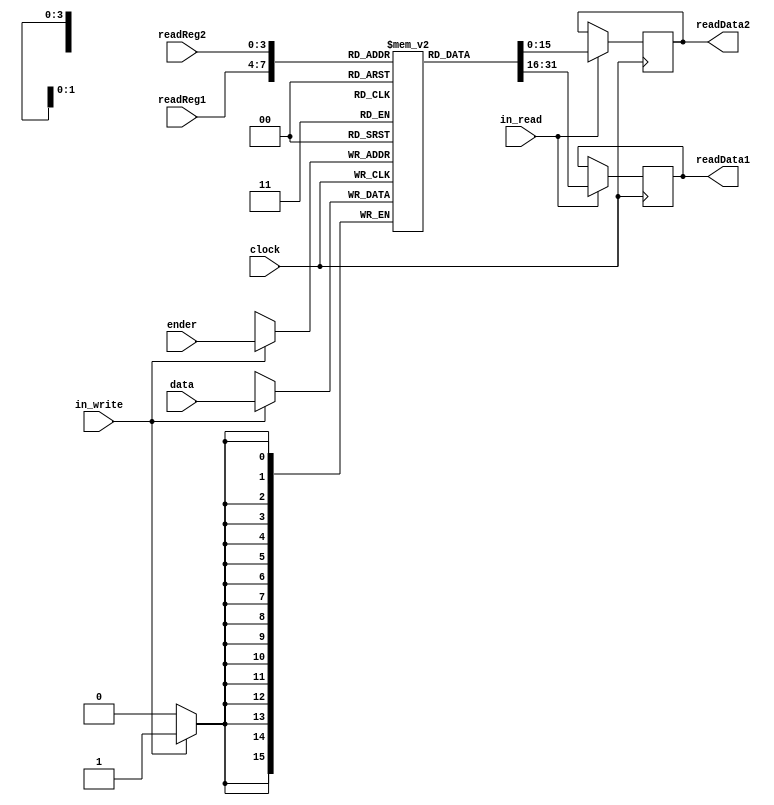
module regBank(input clock ,input [3:0]readReg1,input [3:0]readReg2, input [15:0]data, 
 input [3:0]ender, input in_write,input in_read, output reg [15:0] readData1,
 output reg [15:0] readData2);

	//registradores do banco
	reg [15:0] registradores[15:0];
	
	//iniciar registradores com 0
	initial 
	begin
		 registradores[0]<= 16'h00000000;
		 registradores[1]<= 16'h00000000;
		 registradores[2]<= 16'h00000000;
		 registradores[3]<= 16'h00000000;
		 registradores[4]<= 16'h00000000;
		 registradores[5]<= 16'h00000000;
		 registradores[6]<= 16'h00000000;
		 registradores[7]<= 16'h00000000;
		 registradores[8]<= 16'h00000000;
		 registradores[9]<= 16'h00000000;
		registradores[10]<= 16'h00000000;
		registradores[11]<= 16'h00000000;
		registradores[12]<= 16'h00000000;
		registradores[13]<= 16'h00000000;
		registradores[14]<= 16'h00000000;
		registradores[15]<= 16'h00000000;
	end
	
	// Read e Write
	always @(posedge clock)
	begin
	
		if(in_write) begin
			registradores[ender] <= data;
		end 
		
	end
	
	//escreve no clock negedge
	always @(negedge clock)
	begin
	
		if(in_read)begin
			readData1 <= registradores[readReg1];
			readData2 <= registradores[readReg2];
		end
		
	end	
endmodule